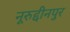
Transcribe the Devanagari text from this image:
नूरुद्दीनपुर